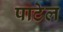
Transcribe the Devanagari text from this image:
पाटेल